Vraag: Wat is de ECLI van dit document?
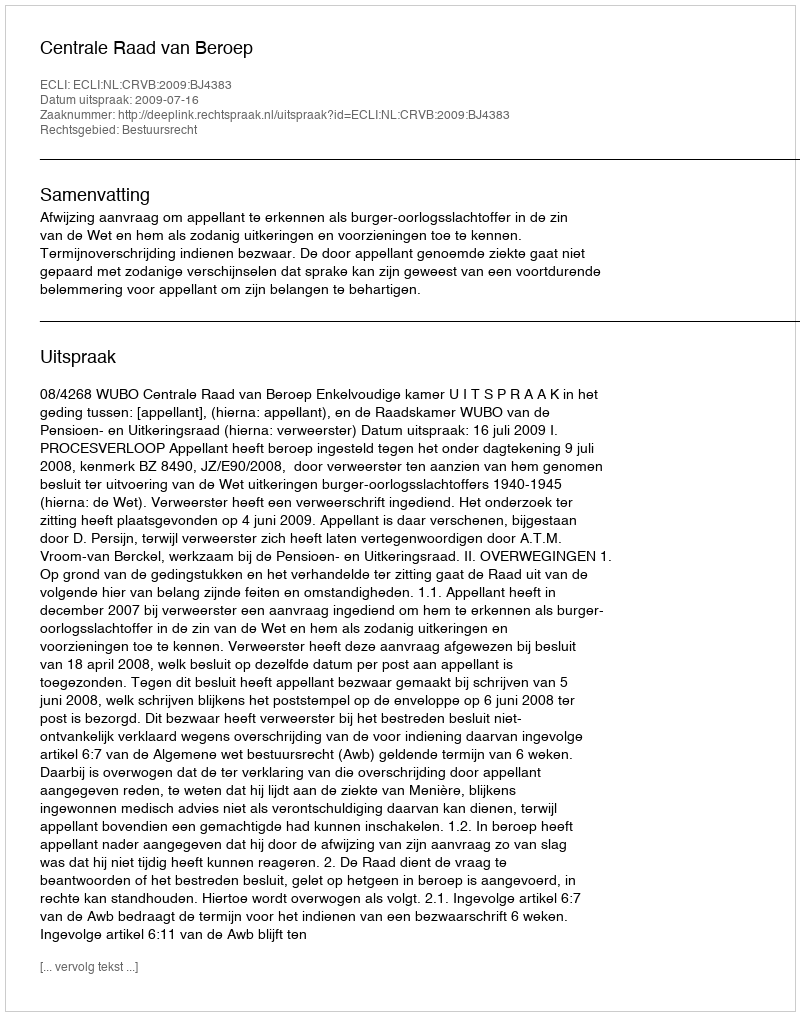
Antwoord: ECLI:NL:CRVB:2009:BJ4383